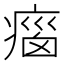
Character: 𤷻